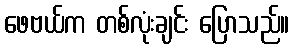
ဖေဗယ်က တစ်လုံးချင်း ပြောသည်။